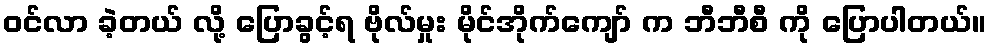
ဝင်လာ ခဲ့တယ် လို့ ပြောခွင့်ရ ဗိုလ်မှုး မိုင်အိုက်ကျော် က ဘီဘီစီ ကို ပြောပါတယ်။